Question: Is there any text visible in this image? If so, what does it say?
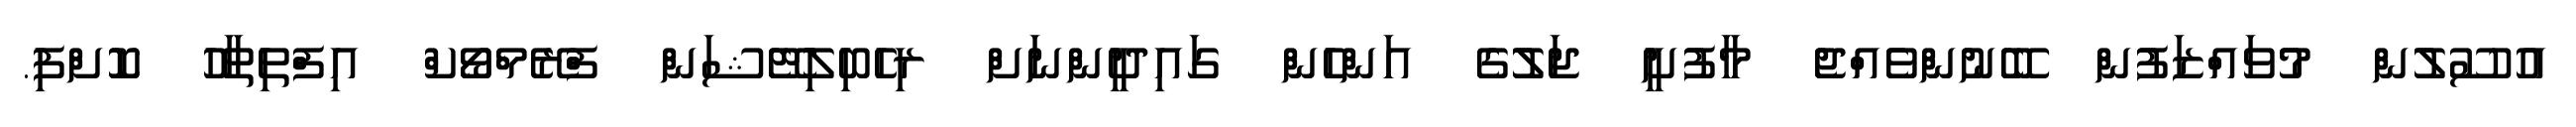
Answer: އުސޫލުން މުވައްޒަފުން ބޭނުންވެއްޖެ މާފުށީ ޖަލުގެ އަންހެން ގައިދީންނަށް ރިހެބިލިޓޭޝަން ފްރޭމްވޯކް އިފްތިތާހު ކޮށްފި.